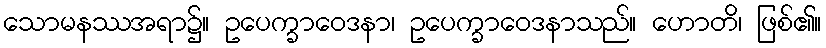
သောမနဿအရာ၌။ ဥပေက္ခာဝေဒနာ၊ ဥပေက္ခာဝေဒနာသည်။ ဟောတိ၊ ဖြစ်၏။